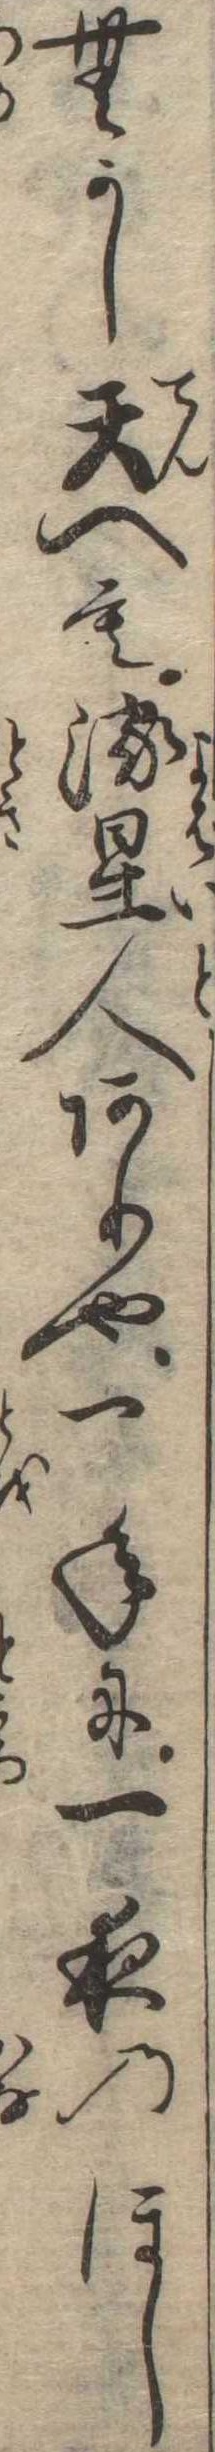
むかし天へも流星人ありや一年に一夜のほし